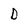
Character: D